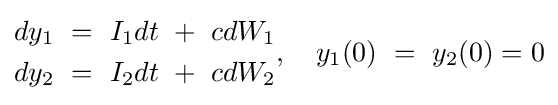
{\begin{aligned}dy_{\text{1}}\ =\ I_{\text{1}}dt\ +\ cdW_{\text{1}}\\dy_{\text{2}}\ =\ I_{\text{2}}dt\ +\ cdW_{\text{2}}\end{aligned}},\quad y_{\text{1}}(0)\ =\ y_{\text{2}}(0)=0